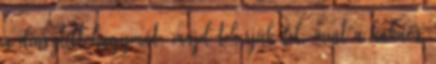
a dinsztelt hagymát, majd tekerjük fel, mint a kakaós